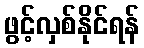
ဖွင့်လှစ်နိုင်ရန်